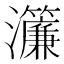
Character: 𤅄